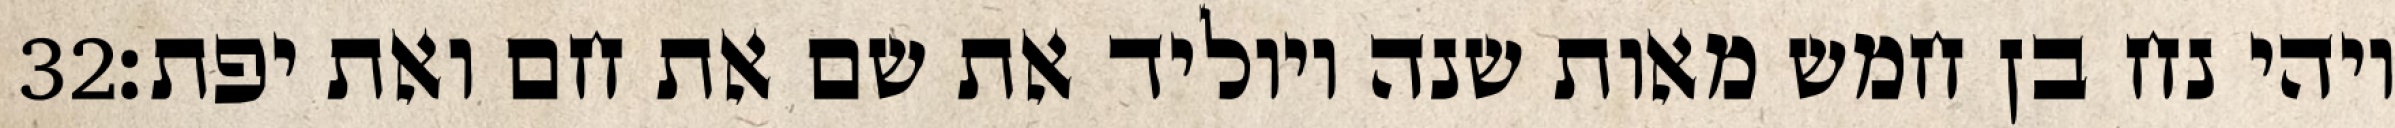
‎32‏ ויהי נח בן חמש מאות שנה ויוליד את שם את חם ואת יפת׃